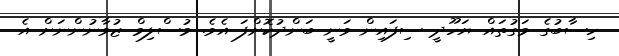
ހިސާބުގެ މަގުތައް ޔަހޫދީ ސިފައިން ވަނީ ބަންދުކޮށްފަ އެވެ. މުސްލިމް ޒުވާނުންނަށް އެ